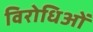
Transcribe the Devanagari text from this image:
विरोधिओं